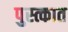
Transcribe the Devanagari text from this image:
पुस्त्कात